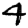
Digit: 4